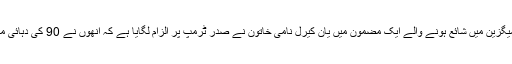
جمعے کو نیویارک میگزین میں شائع ہونے والے ایک مضمون میں یان کیرل نامی خاتون نے صدر ٹرمپ پر الزام لگایا ہے کہ انھوں نے 90 کی دہائی میں انھیں ریپ کیا تھا۔